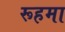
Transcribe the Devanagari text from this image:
रूहमा